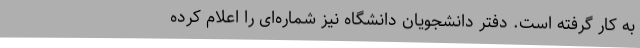
به کار گرفته است. دفتر دانشجویان دانشگاه نیز شماره‌ای را اعلام کرده